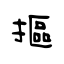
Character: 摳